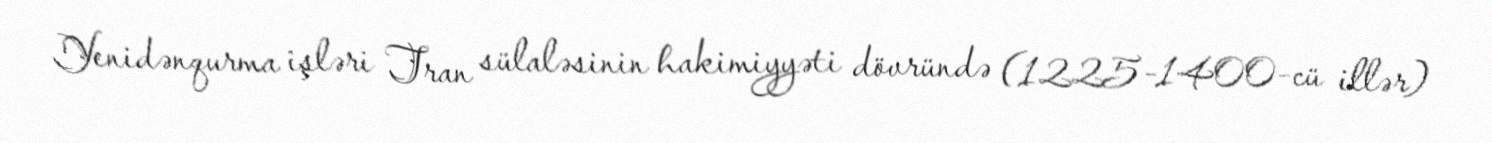
Yenidənqurma işləri Tran sülaləsinin hakimiyyəti dövründə (1225-1400-cü illər)